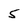
Character: 5